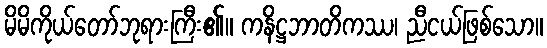
မိမိကိုယ်တော်ဘုရားကြီး၏။ ကနိဋ္ဌဘာတိကဿ၊ ညီငယ်ဖြစ်သော။